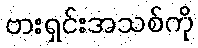
ဗားရှင်းအသစ်ကို